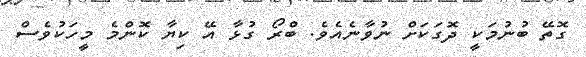
ގޮތޭ ބުނުމަކީ ދޮގަކަށް ނުވާނެއެވެ. ބްރޯ ގުޅާ އޭ ކިޔާ ކޮންމެ މީހަކުވެސް